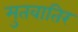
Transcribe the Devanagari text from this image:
मुतवातिर